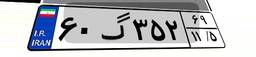
۶۰گ۳۵۲۶۹